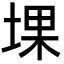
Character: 堁